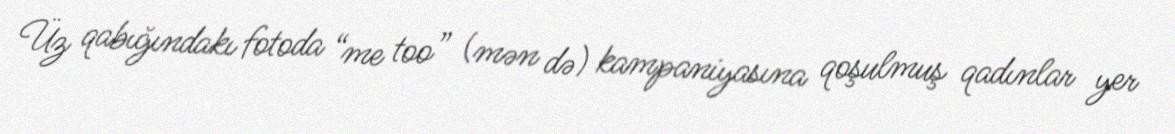
Üz qabığındakı fotoda “me too” (mən də) kampaniyasına qoşulmuş qadınlar yer